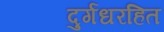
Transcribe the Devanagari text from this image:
दुर्गंधरहित